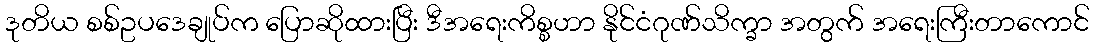
ဒုတိယ စစ်ဥပဒေချုပ်က ပြောဆိုထားပြီး ဒီအရေးကိစ္စဟာ နိုင်ငံဂုဏ်သိက္ခာ အတွက် အရေးကြီးတာကောင်